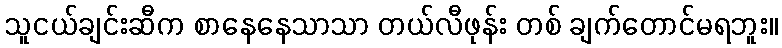
သူငယ်ချင်းဆီက စာနေနေသာသာ တယ်လီဖုန်း တစ် ချက်တောင်မရဘူး။